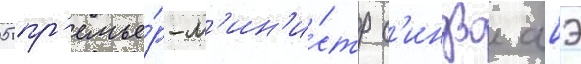
05 пр'емье́р-м'ин'и́стр с'индзо абэ